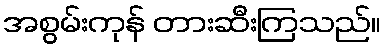
အစွမ်းကုန် တားဆီးကြသည်။